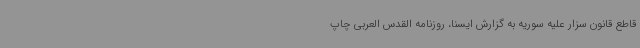
قاطع قانون سزار علیه سوریه به گزارش ایسنا، روزنامه القدس العربی چاپ